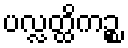
ပလ္လတ္ထိကဉ္စ